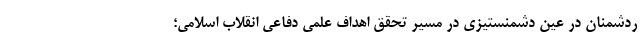
ردشمنان در عین دشمنستیزی در مسیر تحقق اهداف علمی دفاعی انقلاب اسلامی؛